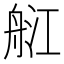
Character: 䑭